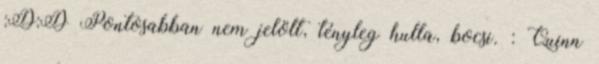
:D:D Pontosabban nem jelölt, tényleg hulla, bocsi. : Quinn